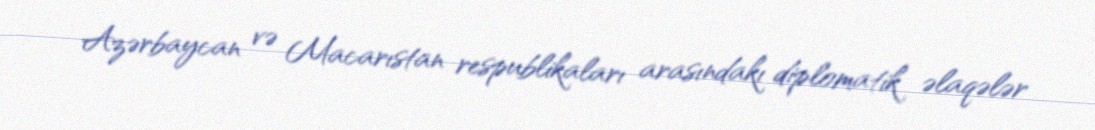
Azərbaycan və Macarıstan respublikaları arasındakı diplomatik əlaqələr